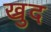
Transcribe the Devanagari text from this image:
ख्रुद